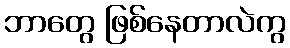
ဘာတွေ ဖြစ်နေတာလဲကွ